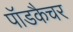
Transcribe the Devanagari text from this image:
पॉडकैचर